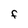
Character: F